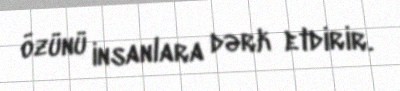
özünü insanlara dərk etdirir.